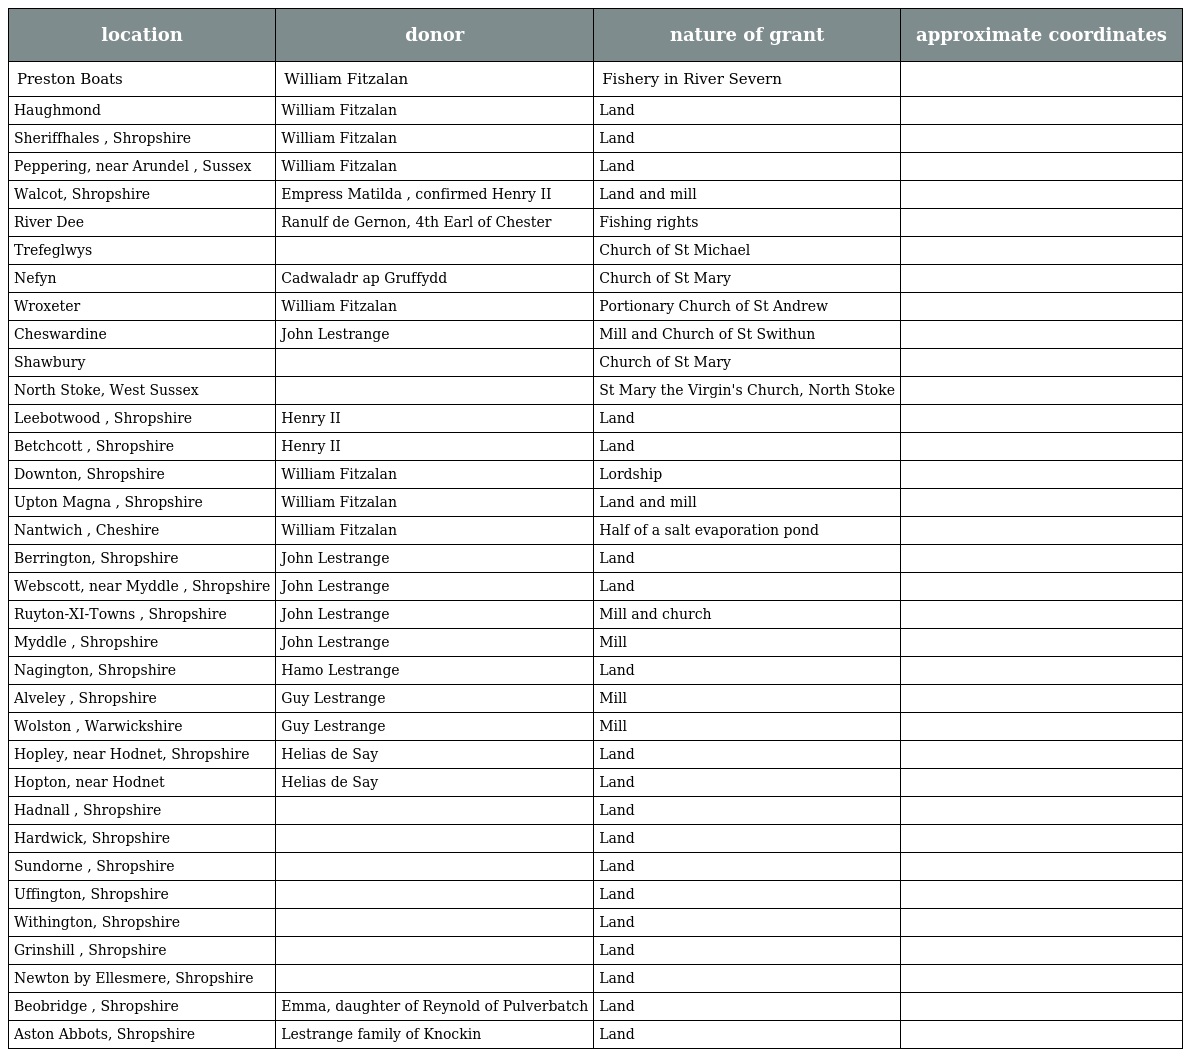
| location | donor | nature of grant | approximate coordinates |
 | --- | --- | --- | --- |
 | Preston Boats | William Fitzalan | Fishery in River Severn |  |
 | Haughmond | William Fitzalan | Land |  |
 | Sheriffhales , Shropshire | William Fitzalan | Land |  |
 | Peppering, near Arundel , Sussex | William Fitzalan | Land |  |
 | Walcot, Shropshire | Empress Matilda , confirmed Henry II | Land and mill |  |
 | River Dee | Ranulf de Gernon, 4th Earl of Chester | Fishing rights |  |
 | Trefeglwys |  | Church of St Michael |  |
 | Nefyn | Cadwaladr ap Gruffydd | Church of St Mary |  |
 | Wroxeter | William Fitzalan | Portionary Church of St Andrew |  |
 | Cheswardine | John Lestrange | Mill and Church of St Swithun |  |
 | Shawbury |  | Church of St Mary |  |
 | North Stoke, West Sussex |  | St Mary the Virgin's Church, North Stoke |  |
 | Leebotwood , Shropshire | Henry II | Land |  |
 | Betchcott , Shropshire | Henry II | Land |  |
 | Downton, Shropshire | William Fitzalan | Lordship |  |
 | Upton Magna , Shropshire | William Fitzalan | Land and mill |  |
 | Nantwich , Cheshire | William Fitzalan | Half of a salt evaporation pond |  |
 | Berrington, Shropshire | John Lestrange | Land |  |
 | Webscott, near Myddle , Shropshire | John Lestrange | Land |  |
 | Ruyton-XI-Towns , Shropshire | John Lestrange | Mill and church |  |
 | Myddle , Shropshire | John Lestrange | Mill |  |
 | Nagington, Shropshire | Hamo Lestrange | Land |  |
 | Alveley , Shropshire | Guy Lestrange | Mill |  |
 | Wolston , Warwickshire | Guy Lestrange | Mill |  |
 | Hopley, near Hodnet, Shropshire | Helias de Say | Land |  |
 | Hopton, near Hodnet | Helias de Say | Land |  |
 | Hadnall , Shropshire |  | Land |  |
 | Hardwick, Shropshire |  | Land |  |
 | Sundorne , Shropshire |  | Land |  |
 | Uffington, Shropshire |  | Land |  |
 | Withington, Shropshire |  | Land |  |
 | Grinshill , Shropshire |  | Land |  |
 | Newton by Ellesmere, Shropshire |  | Land |  |
 | Beobridge , Shropshire | Emma, daughter of Reynold of Pulverbatch | Land |  |
 | Aston Abbots, Shropshire | Lestrange family of Knockin | Land |  |